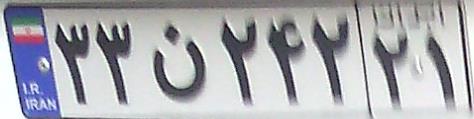
۳۳ن۲۴۲۲۱